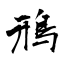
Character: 鳽